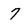
Character: 7